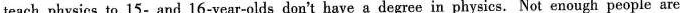
teach physics to 15- and 16-year-olds don't have a degree in physics. Not enough people are